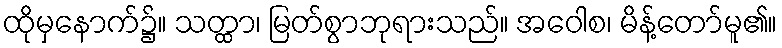
ထိုမှနောက်၌။ သတ္ထာ၊ မြတ်စွာဘုရားသည်။ အဝေါစ၊ မိန့်တော်မူ၏။